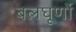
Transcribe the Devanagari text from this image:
बलघूर्णो